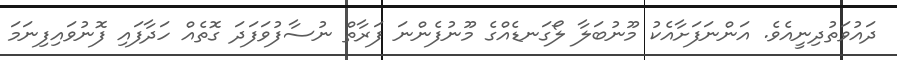
ދައުވަތުދިނީއެވެ. އަންނަފަށާއެކު މޫނުބަލާ ލޯގަނޑެއްގެ މޫނުފެންނަ ފަރާތް ނުސާފުވަފަދަ ގޮތެއް ހަދާފައި ފޮނުވައިފިނަމަ